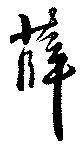
薛